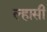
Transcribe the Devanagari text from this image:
ल्हासी